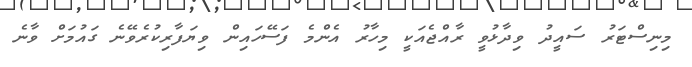
މިނިސްޓަރު ސައީދު ވިދާޅުވީ ރާއްޖެއަކީ މިހާރު އެންމެ ފަސޭހައިން ވިޔަފާރިކުރެވޭނެ ގައުމަށް ވާނެ